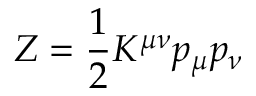
Z = { \frac { 1 } { 2 } } K ^ { \mu \nu } p _ { \mu } p _ { \nu }